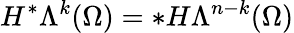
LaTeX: H^{\ast}\Lambda^{k}(\Omega)=\ast H\Lambda^{n-k}(\Omega)